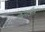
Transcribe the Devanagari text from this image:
क्यूरंडिस